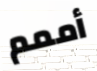
أممم